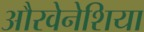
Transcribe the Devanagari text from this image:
औरवेनेशिया